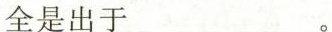
全是出于_。